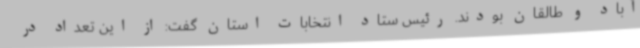
آباد و طالقان بودند. رئیس ستاد انتخابات استان گفت: از این تعداد در